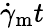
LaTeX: \dot{\gamma}_{\mathrm{m}}t